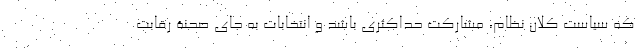
که سیاست کلان نظام، مشارکت حداکثری باشد و انتخابات به جای صحنۀ رقابت